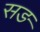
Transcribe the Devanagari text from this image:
सङ